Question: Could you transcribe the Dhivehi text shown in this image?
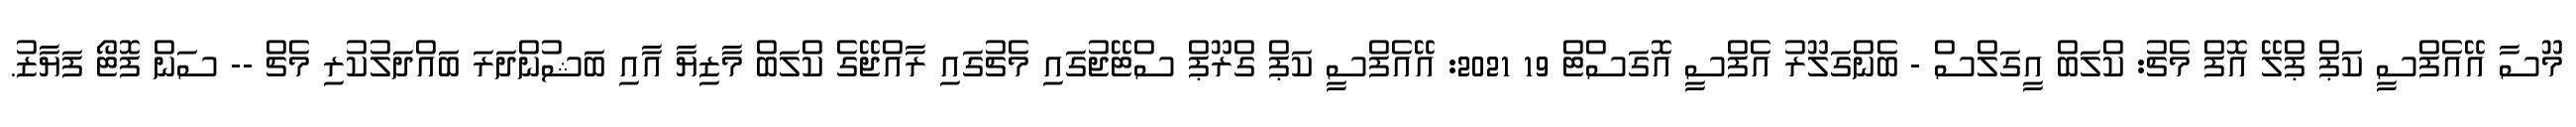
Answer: މޫސާ އޭއެފްސީ ކަޕް ޕްލޭ އޮފް މެޗު: ކްލަބް އީގަލްސް - ބެންގަލޫރު އެފްސީ އޮގަސްޓް 19 2021: އޭއެފްސީ ކަޕް ގްރޫޕް ސްޓޭޖުގައި މެޗުގައި ރާއްޖޭގެ ކްލަބް މާޒިޔާ އާއި ބަޝުންދަރަ ބައްދަލުކުރި މެޗް -- ސަން ފޮޓޯ ފަޔާޒު.